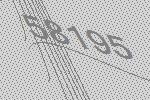
58195